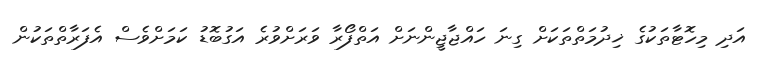
އަދި މިހޮޓާތަކުގެ ޚިދުމަތްތަކަށް ގިނަ ހައްޖާޖީންނަށް އަތްފޯރާ ވަރަށްވުރެ އަގުބޮޑު ކަމަށްވެސް އެފަރާތްތަކުން